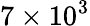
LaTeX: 7\times 10^{3}